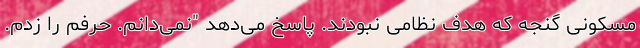
مسکونی گنجه که هدف نظامی نبودند. پاسخ می‌دهد "نمی‌دانم. حرفم را زدم.